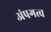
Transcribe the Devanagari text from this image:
अंपगत्व